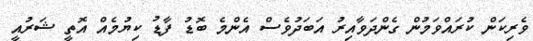
ވެރިކަން ކުރައްވަމުން ގެންދަވާއިރު އަބަދުވެސް އެންމެ ބޮޑު ފާޑު ކިޔުމެއް އޮތީ ޝަރުއީ